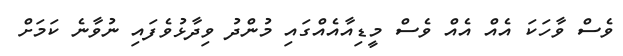
ވެސް ވާހަކަ އެއް އެއް ވެސް މީޑިއާއެއްގައި މުންދު ވިދާޅުވެފައި ނުވާނެ ކަަމަށް